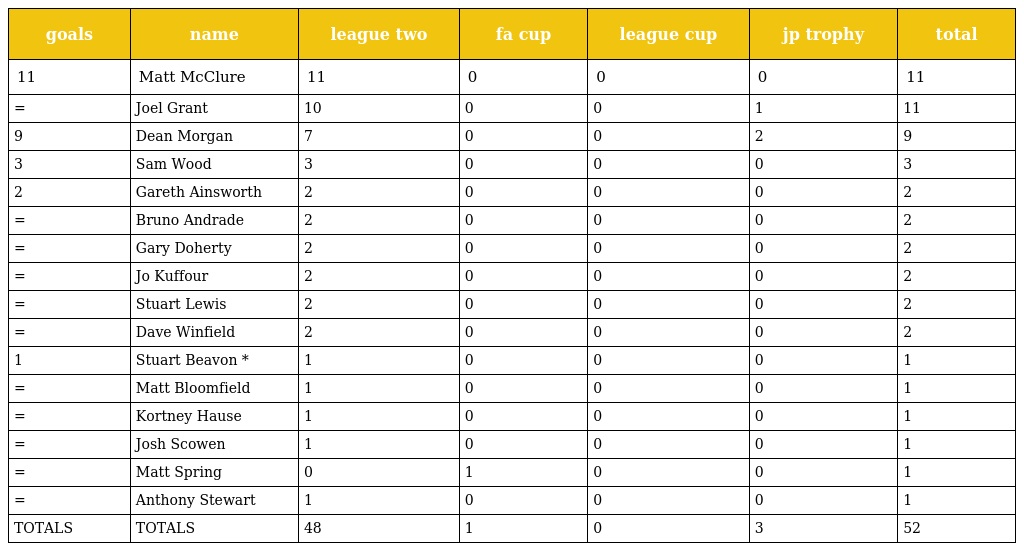
| goals | name | league two | fa cup | league cup | jp trophy | total |
 | --- | --- | --- | --- | --- | --- | --- |
 | 11 | Matt McClure | 11 | 0 | 0 | 0 | 11 |
 | = | Joel Grant | 10 | 0 | 0 | 1 | 11 |
 | 9 | Dean Morgan | 7 | 0 | 0 | 2 | 9 |
 | 3 | Sam Wood | 3 | 0 | 0 | 0 | 3 |
 | 2 | Gareth Ainsworth | 2 | 0 | 0 | 0 | 2 |
 | = | Bruno Andrade | 2 | 0 | 0 | 0 | 2 |
 | = | Gary Doherty | 2 | 0 | 0 | 0 | 2 |
 | = | Jo Kuffour | 2 | 0 | 0 | 0 | 2 |
 | = | Stuart Lewis | 2 | 0 | 0 | 0 | 2 |
 | = | Dave Winfield | 2 | 0 | 0 | 0 | 2 |
 | 1 | Stuart Beavon * | 1 | 0 | 0 | 0 | 1 |
 | = | Matt Bloomfield | 1 | 0 | 0 | 0 | 1 |
 | = | Kortney Hause | 1 | 0 | 0 | 0 | 1 |
 | = | Josh Scowen | 1 | 0 | 0 | 0 | 1 |
 | = | Matt Spring | 0 | 1 | 0 | 0 | 1 |
 | = | Anthony Stewart | 1 | 0 | 0 | 0 | 1 |
 | TOTALS | TOTALS | 48 | 1 | 0 | 3 | 52 |